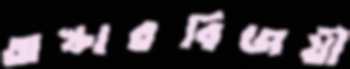
অস্কারবিজয়ী